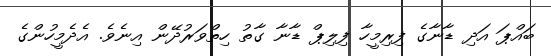
ބައްޕަ އަދި ޑާނާގެ ފިރިމީހާ ފިލިޕް ޑާނާ ގާތު ހިތްވަރުދޭން އިނެވެ. އެދެމީހުންގެ